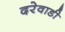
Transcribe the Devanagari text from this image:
दरेवाडी